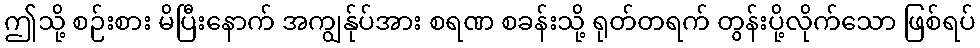
ဤသို့ စဉ်းစား မိပြီးနောက် အကျွန်ုပ်အား စရဏ စခန်းသို့ ရုတ်တရက် တွန်းပို့လိုက်သော ဖြစ်ရပ်